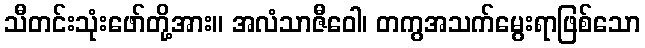
သီတင်းသုံးဖော်တို့အား။ အလံသာဇီဝေါ၊ တကွအသက်မွေးရာဖြစ်သော